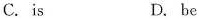
C. is D. be